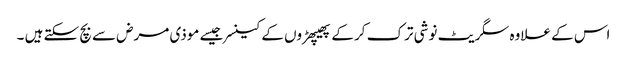
اس کے علاوہ سگریٹ نوشی ترک کر کے پھیپھڑوں کے کینسر جیسے موذی مرض سے بچ سکتے ہیں ۔